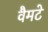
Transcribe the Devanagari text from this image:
वैमटे